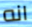
انه